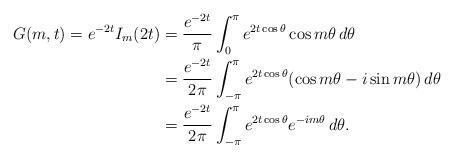
LaTeX: \begin{align*}G(m,t) = e^{-2t}I_m(2t)&= \frac{e^{-2t}}{\pi} \int_0^{\pi}e^{2t\cos\theta}\cos m\theta\,d\theta\\&= \frac{e^{-2t}}{2\pi} \int_{-\pi}^{\pi}e^{2t\cos\theta}(\cos m\theta-i\sin m\theta)\,d\theta\\&= \frac{e^{-2t}}{2\pi} \int_{-\pi}^{\pi}e^{2t\cos\theta}e^{-im\theta}\,d\theta.\end{align*}